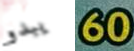
يبدو 60